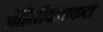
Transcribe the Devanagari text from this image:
शैशिरीयशाकल